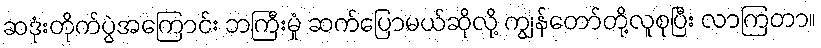
ဆဒုံးတိုက်ပွဲအကြောင်း ဘကြီးမှုံ ဆက်ပြောမယ်ဆိုလို့ ကျွန်တော်တို့လူစုပြီး လာကြတာ။